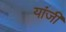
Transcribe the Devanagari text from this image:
यांजी